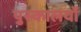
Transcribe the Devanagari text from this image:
पुस्कालयों